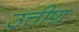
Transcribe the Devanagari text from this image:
उत्तीण्र